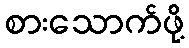
စားသောက်ဖို့